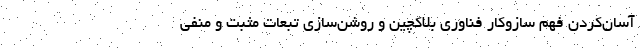
آسان‌کردن فهم سازوکار فناوری بلاکچین و روشن‌سازی تبعات مثبت و منفی